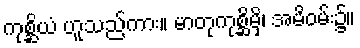
ကုစ္ဆိယံ ဟူသည်ကား။ မာတုကုစ္ဆိမှိ၊ အမိဝမ်း၌။